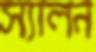
স্যালন